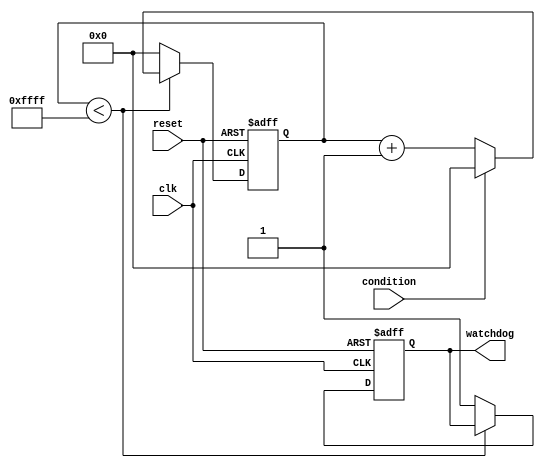
module WatchdogTimer (
    input clk,             // clock input
    input reset,           // reset input
    input condition,       // condition to reset timer
    output reg watchdog    // watchdog output
);

reg [15:0] timeout_reg;   // timeout period register

always @(posedge clk or posedge reset) begin
    if (reset) begin
        timeout_reg <= 16'b0;   // reset timeout register
        watchdog <= 1'b0;       // reset watchdog timer
    end else begin
        if (timeout_reg < 16'hFFFF) begin
            timeout_reg <= timeout_reg + 1;    // increment timeout counter
            if (condition) begin
                timeout_reg <= 16'b0;   // reset timeout counter
            end
        end else begin
            timeout_reg <= 16'b0;   // reset timeout counter
            watchdog <= 1'b1;       // watchdog timer expires
            // system reset logic can be added here
        end
    end
end

endmodule